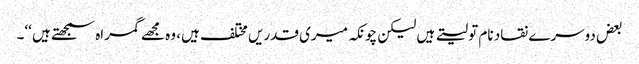
بعض دوسرے نقاد نام تو لیتے ہیں لیکن چونکہ میری قدریں مختلف ہیں، وہ مجھے گمراہ سمجھتے ہیں ‘‘۔